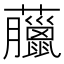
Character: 𧅕